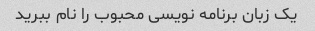
یک زبان برنامه نویسی محبوب را نام ببرید